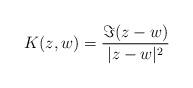
LaTeX: \begin{align*}K(z,w)=\frac{\Im(z-w)}{|z-w|^2}\end{align*}